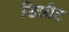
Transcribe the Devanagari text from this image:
डिसीट